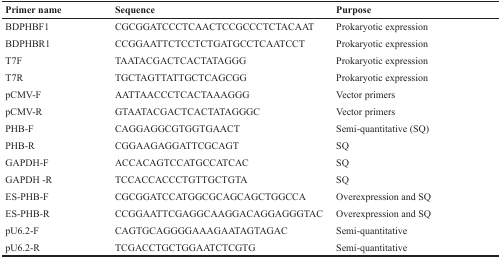
| Primer name | Sequence | Purpose |
 | --- | --- | --- |
 | BDPHBF1 | CGCGGATCCCTCAACTCCGCCCTCTACAAT | Prokaryotic expression |
 | BDPHBR1 | CCGGAATTCTCCTCTGATGCCTCAATCCT | Prokaryotic expression |
 | T7F | TAATACGACTCACTATAGGG | Prokaryotic expression |
 | T7R | TGCTAGTTATTGCTCAGCGG | Prokaryotic expression |
 | pCMV-F | AATTAACCCTCACTAAAGGG | Vector primers |
 | pCMV-R | GTAATACGACTCACTATAGGGC | Vector primers |
 | PHB-F | CAGGAGGCGTGGTGAACT | Semi-quantitative (SQ) |
 | PHB-R | CGGAAGAGGATTCGCAGT | SQ |
 | GAPDH-F | ACCACAGTCCATGCCATCAC | SQ |
 | GAPDH -R | TCCACCACCCTGTTGCTGTA | SQ |
 | ES-PHB-F | CGCGGATCCATGGCGCAGCAGCTGGCCA | Overexpression and SQ |
 | ES-PHB-R | CCGGAATTCGAGGCAAGGACAGGAGGGTAC | Overexpression and SQ |
 | pU6.2-F | CAGTGCAGGGGAAAGAATAGTAGAC | Semi-quantitative |
 | pU6.2-R | TCGACCTGCTGGAATCTCGTG | Semi-quantitative |